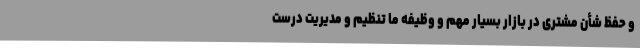
و حفظ شأن مشتری در بازار بسیار مهم و وظیفه ما تنظیم و مدیریت درست